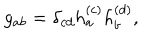
g _ { a b } = \delta _ { c d } h _ { a } ^ { ( c ) } h _ { b } ^ { ( d ) } ,